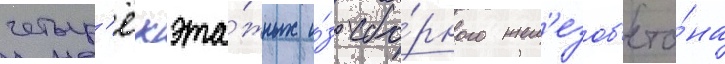
четыр'ёхэта́жных и́з сбо́рного жел'езоб'ето́на